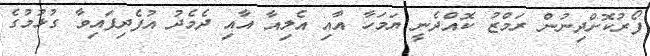
ފޯރުކޮށްދިނުން ރަމްޒު ކޮއްދެނީ ޔަމަހާ އާއި އެލިއާ އާއި ދެމެދު އުފެދިފައިވާ ގުޅުމުގެ